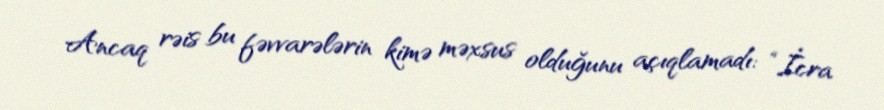
Ancaq rəis bu fəvvarələrin kimə məxsus olduğunu açıqlamadı: “İcra